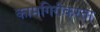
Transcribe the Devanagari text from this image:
कामगिरीकरता